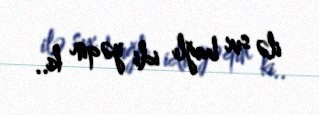
ilə sıx bağlı idi yəqin ki..